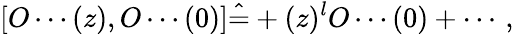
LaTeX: \left[O\cdots(z),O\cdots(0)\right]\hat{=}+(z)^{l}O\cdots(0)+\cdots\, ,